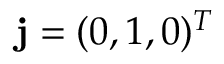
{ \mathbf j } = ( 0 , 1 , 0 ) ^ { T }